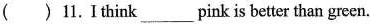
( )11.Ithink___pink is better than green.